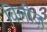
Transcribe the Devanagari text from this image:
विलीज़